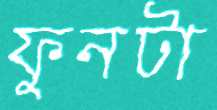
ফুনটা